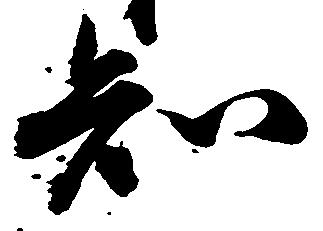
知